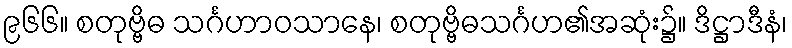
၉၆၆။ စတုဗ္ဗိဓ သင်္ဂဟာဝသာနေ၊ စတုဗ္ဗိဓသင်္ဂဟ၏အဆုံး၌။ ဒိဋ္ဌာဒီနံ၊